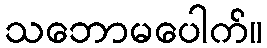
သဘောမပေါက်။